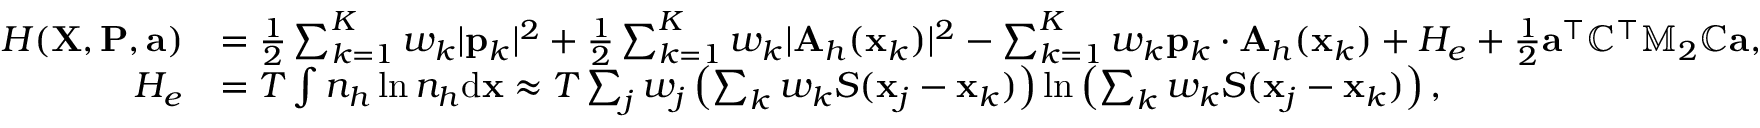
\begin{array} { r l } { H ( { \mathbf X } , { \mathbf P } , { \mathbf a } ) } & { = \frac { 1 } { 2 } \sum _ { k = 1 } ^ { K } w _ { k } | { \mathbf p } _ { k } | ^ { 2 } + \frac { 1 } { 2 } \sum _ { k = 1 } ^ { K } w _ { k } | { \mathbf A } _ { h } ( { \mathbf x } _ { k } ) | ^ { 2 } - \sum _ { k = 1 } ^ { K } w _ { k } { \mathbf p } _ { k } \cdot { \mathbf A } _ { h } ( { \mathbf x } _ { k } ) + H _ { e } + \frac { 1 } { 2 } { \mathbf a } ^ { \top } \mathbb { C } ^ { \top } \mathbb { M } _ { 2 } \mathbb { C } { \mathbf a } , } \\ { H _ { e } } & { = T \int { n } _ { h } \ln { n } _ { h } \mathrm { d } { \mathbf x } \approx T \sum _ { j } w _ { j } \left( \sum _ { k } w _ { k } S ( { \mathbf x } _ { j } - { \mathbf x } _ { k } ) \right) \ln \left( \sum _ { k } w _ { k } S ( { \mathbf x } _ { j } - { \mathbf x } _ { k } ) \right) , } \end{array}